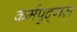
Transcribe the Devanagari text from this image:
कर्मपुद्गल